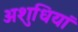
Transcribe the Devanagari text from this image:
अशुधियां